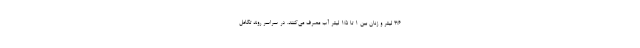
۳/۶ لیتر و زنان بین ۱ تا ۱/۵ لیتر آب مصرف می‌کنند. در سراسر روند تکامل